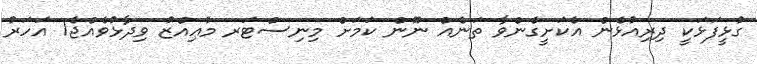
ގުޅީފަޅަކީ ދިރިއުޅެން އެކަށީގެންވާ ތަނެއް ނޫން ކަމަށް މިނިސްޓަރ މުޢިއްޒު ވިދާޅުވެއްޖެ1 އަހަރު